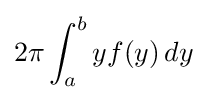
2\pi \int _{a}^{b}yf(y)\,dy